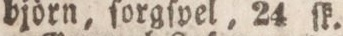
björn, ſorgſpel, 24 ſk.